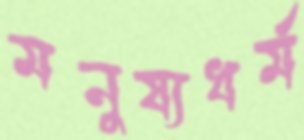
মনুষ্যধর্ম